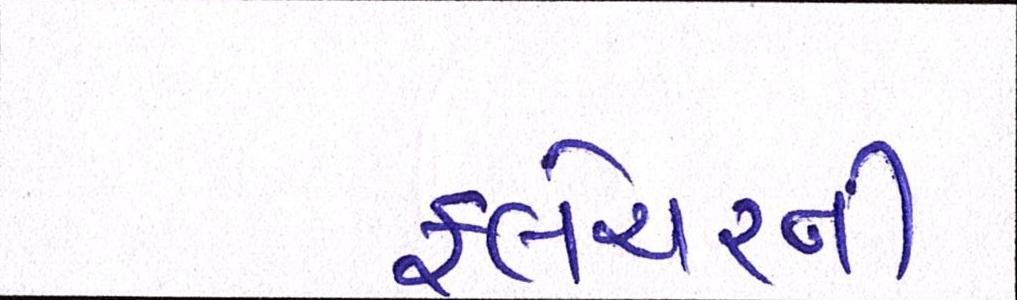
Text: ફ્લેચરની